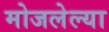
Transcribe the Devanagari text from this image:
मोजलेल्या